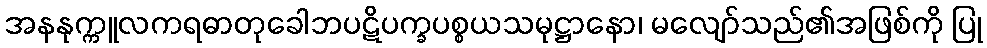
အနနုက္ကူလကရဓာတုခေါဘပဋိပက္ခပစ္စယသမုဋ္ဌာနော၊ မလျော်သည်၏အဖြစ်ကို ပြု